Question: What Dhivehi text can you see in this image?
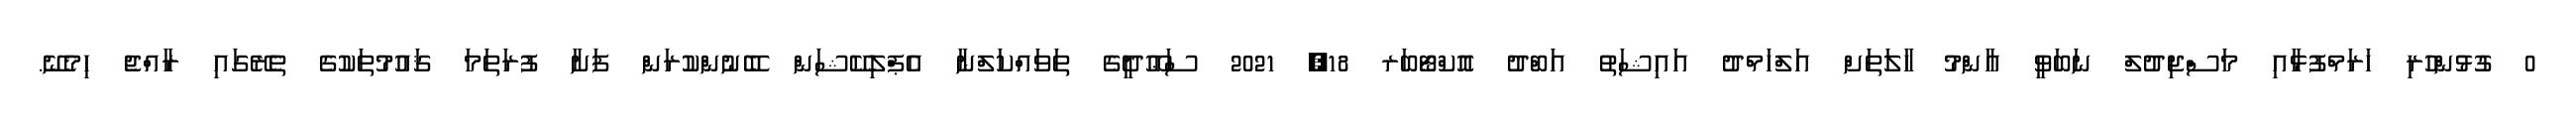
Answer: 0 ގުޅުންހުރި ހަރަމްފުޅާއި މަސްޖިދުލް ނަބަވީ އާންމު ހާލަތަށް އަލްހަމްދު އައިޝަތު އަބްދު އޮކްޓޯބަރ 18, 2021 ސަޢޫދީގެ ތަވައްކަލްނާ އެޕްލިކޭޝަން ބޭނުންކުރަން ފަށާ ފުރަތަމަ ޤައުމުތަކުގެ ތެރޭގައި ރާއްޖެ ހިމެނޭ.